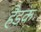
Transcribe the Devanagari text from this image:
हैडक